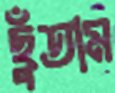
ছুঁতাম